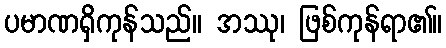
ပမာဏရှိကုန်သည်။ အဿု၊ ဖြစ်ကုန်ရာ၏။